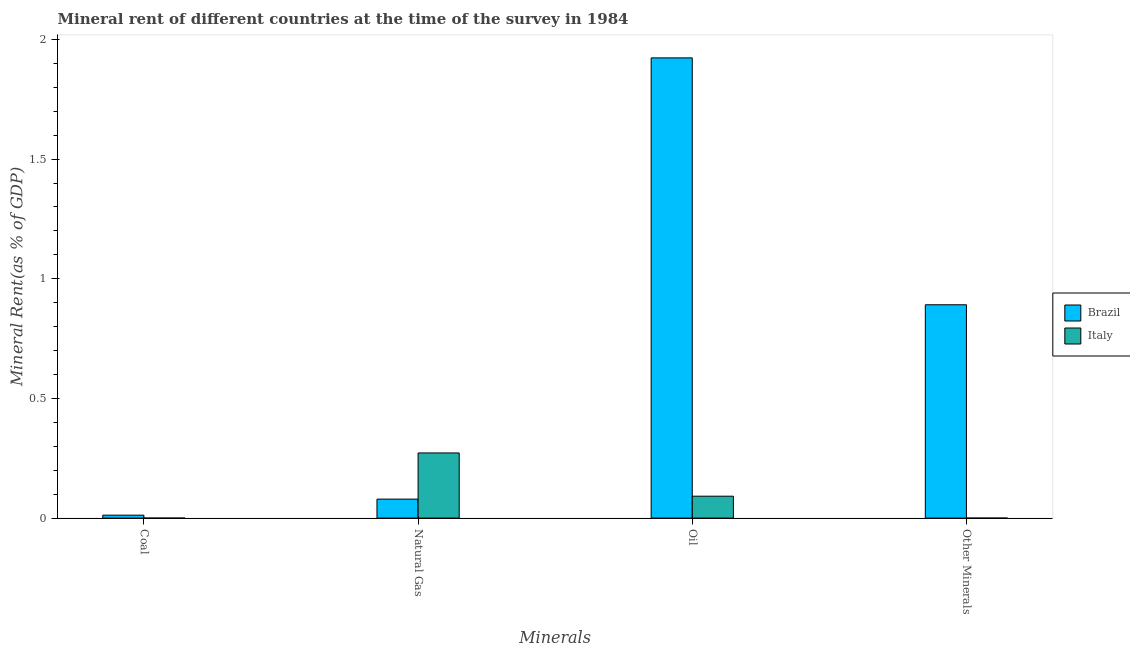
| Minerals | Brazil | Italy |
 | --- | --- | --- |
 | Coal | 0.0123 | 0.000122 |
 | Natural Gas | 0.0794 | 0.272 |
 | Oil | 1.92 | 0.0916 |
 | Other Minerals | 0.891 | 0.000153 |